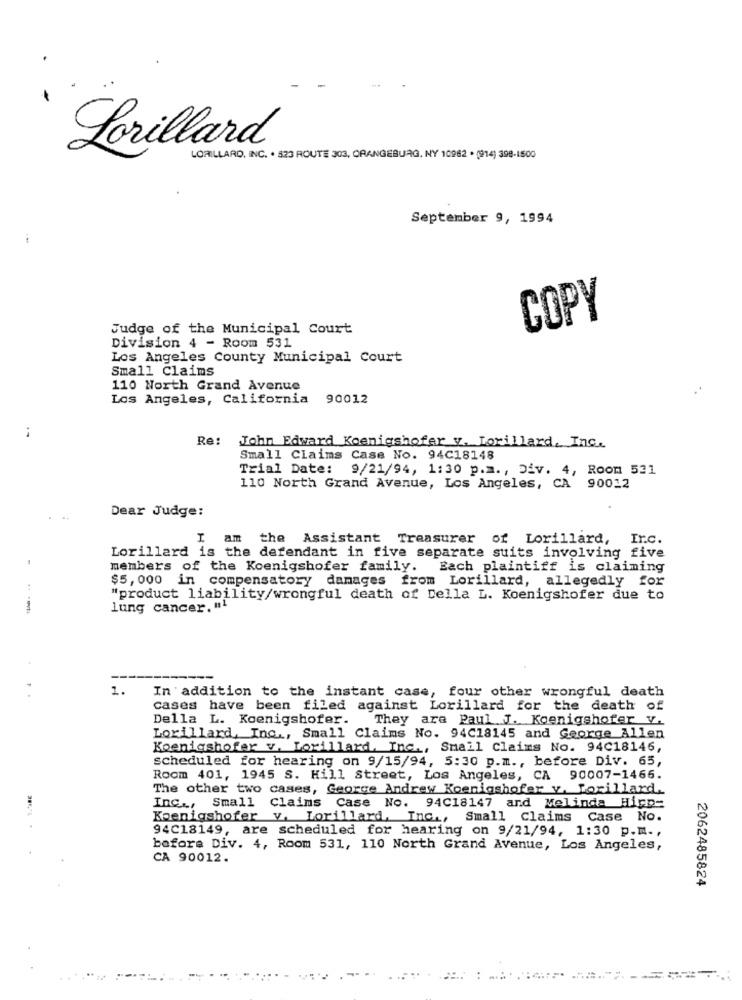
Porillard
LORILLARD, INC. · 823 ROUTE 303, ORANGEBURG, NY 10982 · (914) 398-1500
September 9, 1994
COPY
Judge of the Municipal Court
Division 4 - Room 531
Los Angeles County Municipal Court
Small Claims
110 North Grand Avenue
Los Angeles, California 90012
Re:
John Edward Koenigshofer y. Lorillard, Inc.
Small Claims Case No. 94C18148
Trial Date: 9/21/94, 1:30 p.m ., Div. 4, Room 531
110 North Grand Avenue, Los Angeles, CA 90012
Dear Judge:
( am the Assistant Treasurer of Lorillard, Irc.
Lorillard is the defendant in five separate suits involving five
members of the Koenigshofer family.
Each plaintiff is claiming
$5,000 in compensatory damages from Lorillard, allegedly for
"product liability/wrongful death of Della L. Koenigshofer due to
lung cancer. "1
1.
In addition to the instant case, four other wrongful death
cases have been filed against Lorillard for the death of
Della L. Koenigshofer.
They are Paul J. Koenigshofer V.
Lorillard, Inc ., Small Claims No. 94C18145 and George Allen
Koenigshofer v. Lorillard, Inc ., Small Claims No. 94C18146,
scheduled for hearing on 9/15/94, 5:30 p.m ., before Div. 65,
Room 401, 1945 S. Hill Street, Los Angeles, CA 90007-1466.
The other two cases, George Andrew Koenigshofer v. Lorillard.
Inc ., Small Claims Case No. 94C18147 and Melinda Hipp-
Koenigshofer v. Lorillard, Inc ., Small Claims Case No.
94C18149, are scheduled for hearing on 9/21/94, 1:30 p.m .,
before Div. 4, Room 531, 110 North Grand Avenue, Los Angeles,
CA 90012.
2062485824